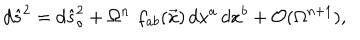
d { \hat { s } } ^ { 2 } = d { \hat { s } } _ { \circ } ^ { 2 } + \Omega ^ { n } \, \, f _ { a b } ( \vec { x } ) \, d x ^ { a } \, d x ^ { b } + { \cal O } ( \Omega ^ { n + 1 } ) ,